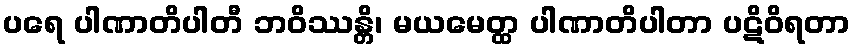
ပရေ ပါဏာတိပါတီ ဘဝိဿန္တိ၊ မယမေတ္ထ ပါဏာတိပါတာ ပဋိဝိရတာ